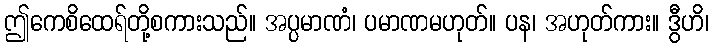
ဤကေစိထေရ်တို့စကားသည်။ အပ္ပမာဏံ၊ ပမာဏမဟုတ်။ ပန၊ အဟုတ်ကား။ ဒွီဟိ၊